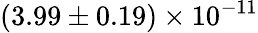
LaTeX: (3.99\pm 0.19)\times 10^{-11}